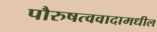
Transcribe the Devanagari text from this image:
पौरुषत्ववादामधील